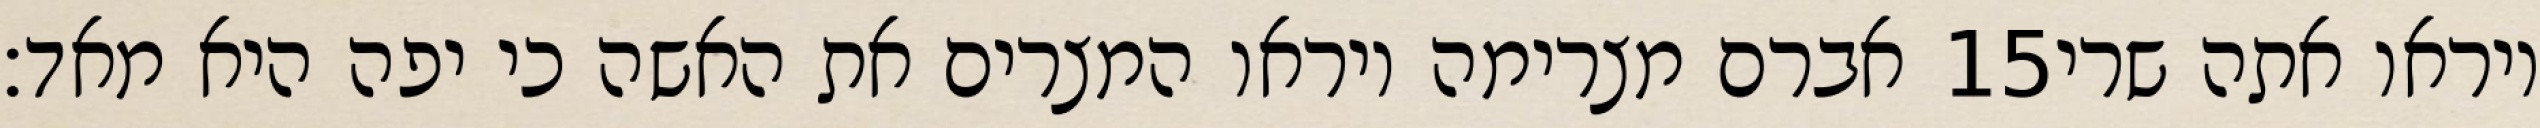
אברם מצרימה ויראו המצרים את האשה כי יפה היא מאד׃ ‎15‏ ויראו אתה שרי